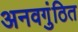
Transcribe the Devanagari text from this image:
अनवगुंठित